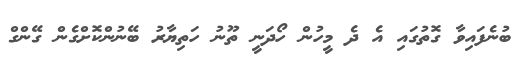
ބުނެފައިވާ ގޮތުގައި އެ ދެ މީހުން ހޯދަނީ ތޫނު ހަތިޔާރު ބޭނުންކޮށްގެން ގޭންގް